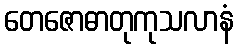
တေဇောဓာတုကုသလာနံ